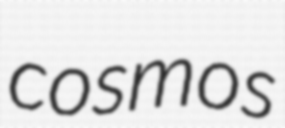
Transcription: cosmos